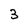
Character: 3